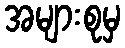
အများစုမှ